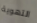
التهوية